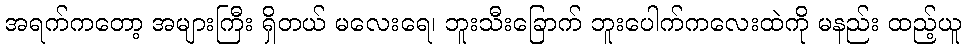
အရက်ကတော့ အများကြီး ရှိတယ် မလေးရေ၊ ဘူးသီးခြောက် ဘူးပေါက်ကလေးထဲကို မနည်း ထည့်ယူ